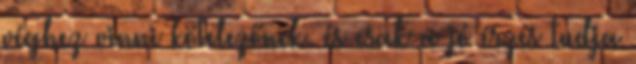
véghez vinni kötelezőnek. és csak a jó érzés tudja